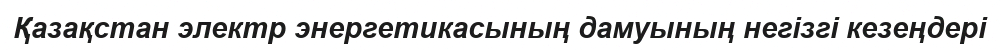
Қазақстан электр энергетикасының дамуының негiзгi кезеңдері